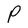
Character: P